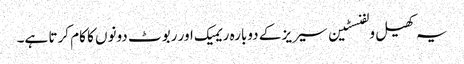
یہ کھیل ولفنسٹین سیریز کے دوبارہ ریمیک اور ربوٹ دونوں کا کام کرتا ہے۔